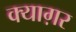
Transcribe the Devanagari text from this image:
क्याग़र